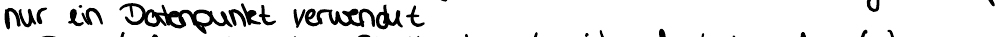
nur ein Datenpunkt verwendet